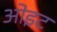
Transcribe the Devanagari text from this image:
ओइट